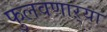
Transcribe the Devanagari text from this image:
फुलवणाऱ्या